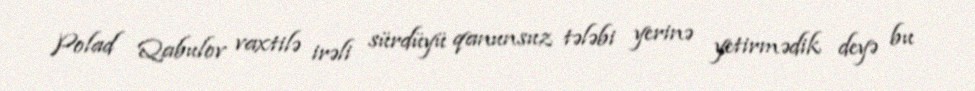
Polad Qabulov vaxtilə irəli sürdüyü qanunsuz tələbi yerinə yetirmədik deyə bu